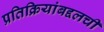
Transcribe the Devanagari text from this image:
प्रतिक्रियांबद्दलची